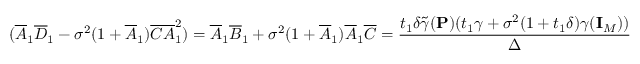
( \overline { { A } } _ { 1 } \overline { { D } } _ { 1 } - \sigma ^ { 2 } ( 1 + \overline { { A } } _ { 1 } ) \overline { { C } } \overline { { A } } _ { 1 } ^ { 2 } ) = \overline { { A } } _ { 1 } \overline { { B } } _ { 1 } + \sigma ^ { 2 } ( 1 + \overline { { A } } _ { 1 } ) \overline { { A } } _ { 1 } \overline { { C } } = \frac { t _ { 1 } \delta \widetilde { \gamma } ( { \mathbf { P } } ) ( t _ { 1 } \gamma + \sigma ^ { 2 } ( 1 + t _ { 1 } \delta ) \gamma ( { \mathbf { I } } _ { M } ) ) } { \Delta }